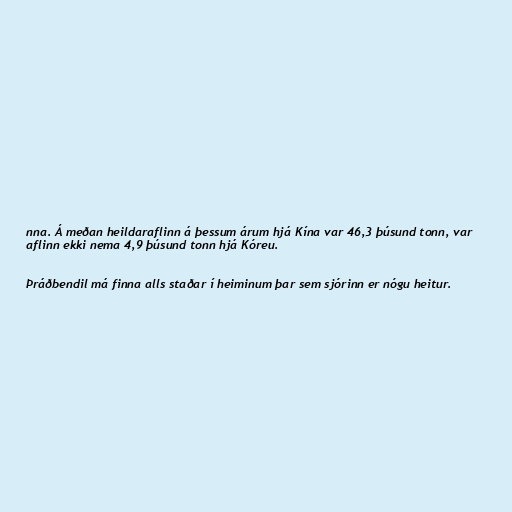
nna. Á meðan heildaraflinn á þessum árum hjá Kína var 46,3 þúsund tonn, var
aflinn ekki nema 4,9 þúsund tonn hjá Kóreu.

Þráðbendil má finna alls staðar í heiminum þar sem sjórinn er nógu heitur.